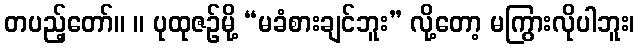
တပည့်တော်။ ။ ပုထုဇဉ်မို့ “မခံစားချင်ဘူး” လို့တော့ မကြွားလိုပါဘူး၊